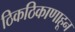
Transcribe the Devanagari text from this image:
ठिकठिकाणाहून